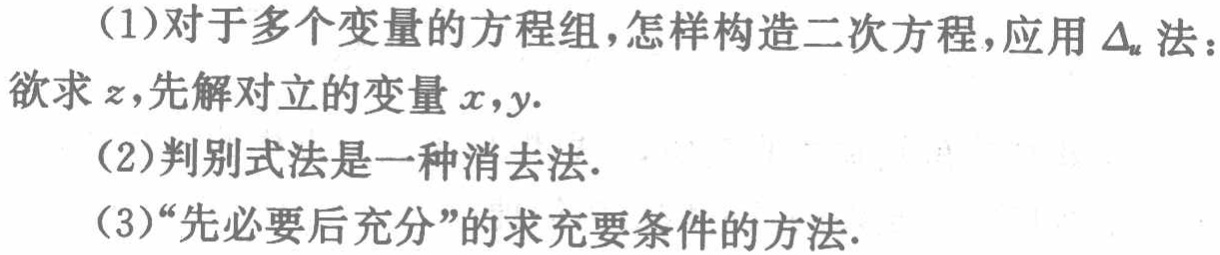
(1)对于多个变量的方程组，怎样构造二次方程，应用\(\Delta_{u}\)法：欲求\(z\)，先解对立的变量\(x,y\).

(2)判别式法是一种消去法.

(3)“先必要后充分”的求充要条件的方法.